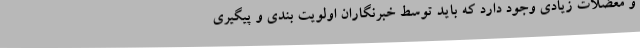
و معضلات زیادی وجود دارد که باید توسط خبرنگاران اولویت بندی و پیگیری